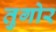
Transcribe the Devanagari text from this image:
तुगोर